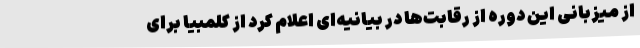
از میزبانی این دوره از رقابت‌ها در بیانیه‌ای اعلام کرد از کلمبیا برای